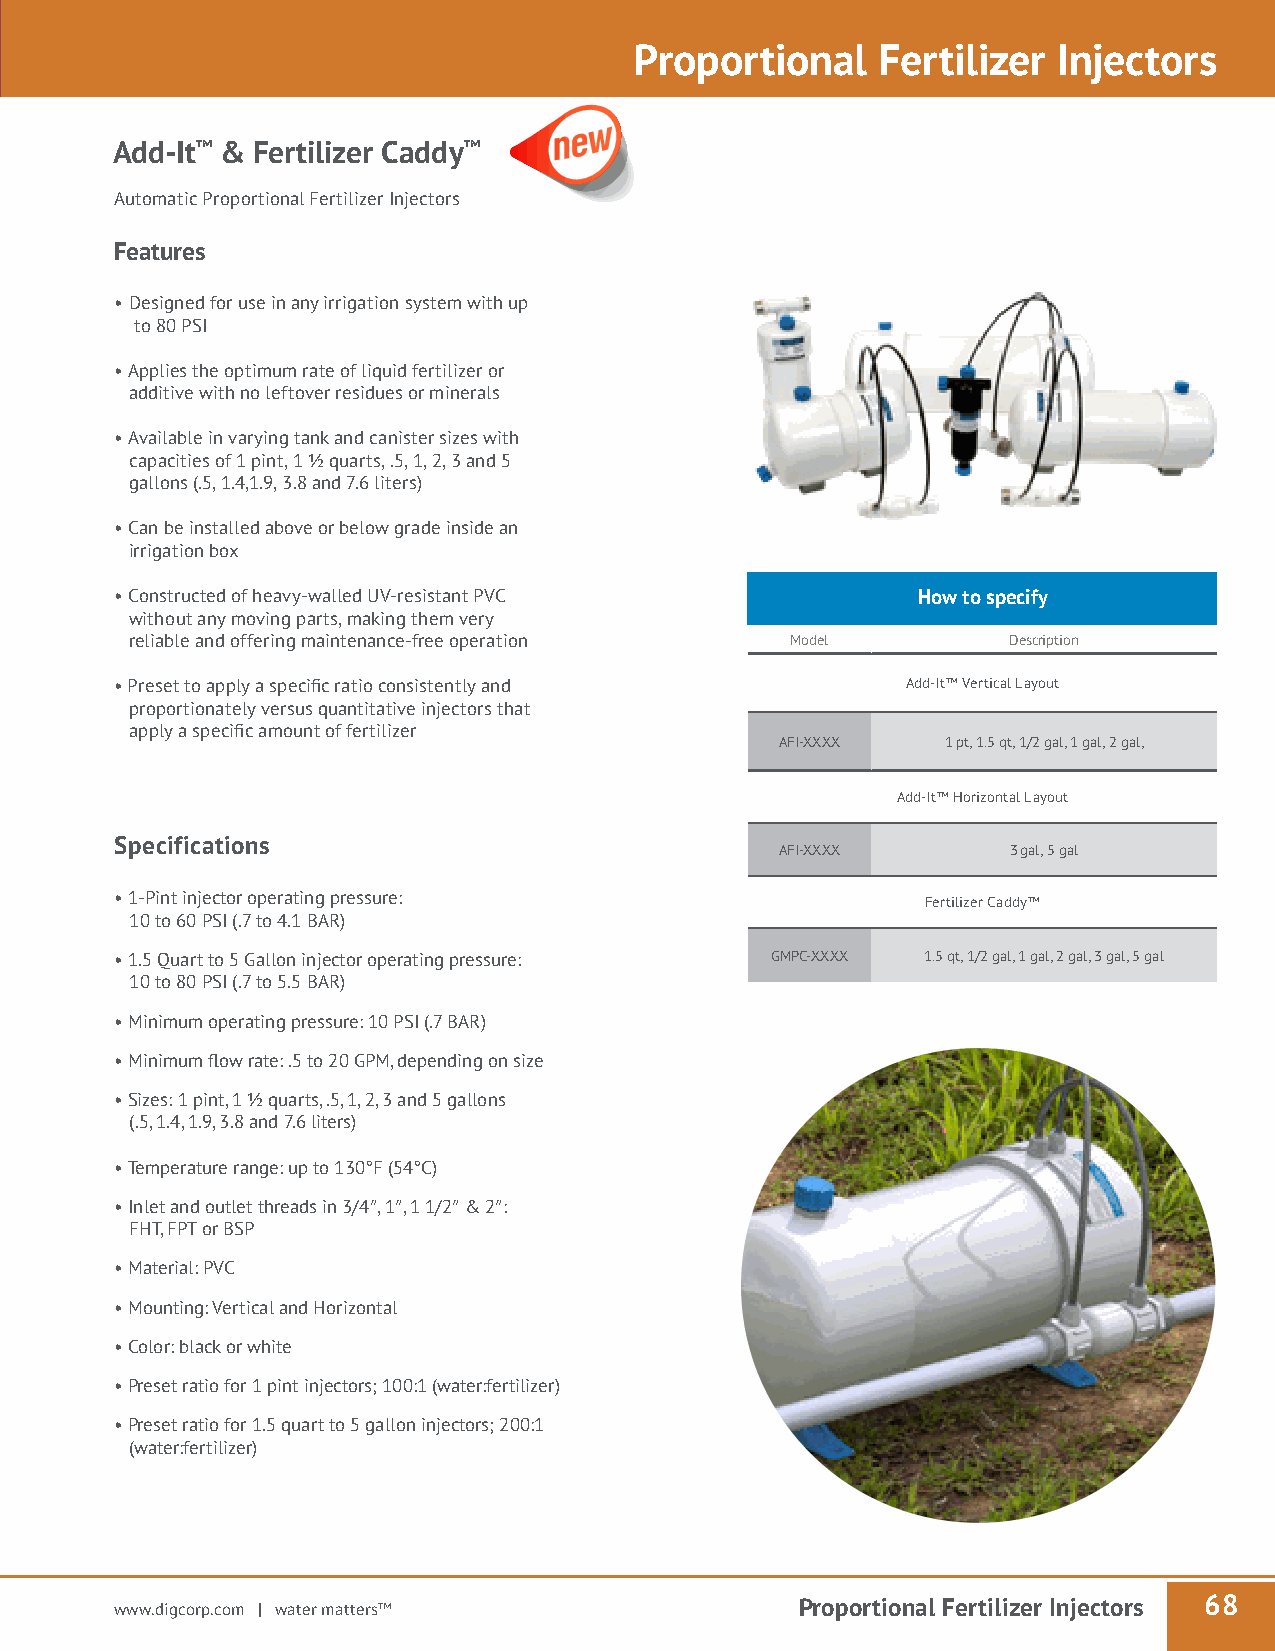
Proportional    Fertilizer  Injectors
 Add-It™ & Fertilizer Caddy™
 Automatic Proportional Fertilizer Injectors
 Features
 • Designed for use in any irrigation system with up
 to 80 PSI
 • Applies the optimum rate of liquid fertilizer or
 additive with no leftover residues or minerals
 • Available in varying tank and canister sizes with
 capacities of 1 pint, 1 ½ quarts, .5, 1, 2, 3 and 5
 gallons (.5, 1.4,1.9, 3.8 and 7.6 liters)
 • Can be installed above or below grade inside an
 irrigation box
 • Constructed of heavy-walled UV-resistant PVC       How to specify
 without any moving parts, making them very
 reliable and offering maintenance-free operation Model    Description
 • Preset to apply a specific ratio consistently and Add-It™ Vertical Layout
 proportionately versus quantitative injectors that
 apply a specific amount of fertilizer
 AFI-XXXX   1 pt, 1.5 qt, 1/2 gal, 1 gal, 2 gal,
 Add-It™ Horizontal Layout
 How to specify
 Specifications
 Model Description                                   AFI-XXXX       3 gal, 5 gal
 ¾″ FPT, 24 VAC globe valve with flow control,
 170SV-075 • 1-Pint injector operating pressure:
 internal and external manual bleed                           Fertilizer Caddy™
 10 to 60 PSI (.7 to 4.1 BAR)
 ¾″ FPT, 24 VAC globe valve with flow control,
 170SV-100
 internal and external manual bleed • 1.5 Quart to 5 Gallon injector operating pressure: GMPC-XXXX 1.5 qt, 1/2 gal, 1 gal, 2 gal, 3 gal, 5 gal
 10 to 80 PSI (.7 to 5.5 BAR)
 ¾″ BSP, 24 VAC globe valve with flow control,
 170SV-075BSP
 internal and external manual bleed
 • Minimum operating pressure: 10 PSI (.7 BAR)
 ¾″ BSP, 24 VAC globe valve with flow control,
 170SV-100BSP internal and external manual bleed • Minimum flow rate: .5 to 20 GPM, depending on size
 • Sizes: 1 pint, 1 ½ quarts, .5, 1, 2, 3 and 5 gallons
 (.5, 1.4, 1.9, 3.8 and 7.6 liters)
 • Temperature range: up to 130°F (54°C)
 • Inlet and outlet threads in 3/4″, 1″, 1 1/2″ & 2″:
 FHT, FPT or BSP
 • Material: PVC
 • Mounting: Vertical and Horizontal
 • Color: black or white
 • Preset ratio for 1 pint injectors; 100:1 (water:fertilizer)
 • Preset ratio for 1.5 quart to 5 gallon injectors; 200:1
 (water:fertilizer)
 www.digcorp.com | water matters™             Proportional Fertilizer Injectors 68